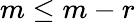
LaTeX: m\leq m-r